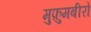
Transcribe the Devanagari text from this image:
मुफ़ुमबीरो